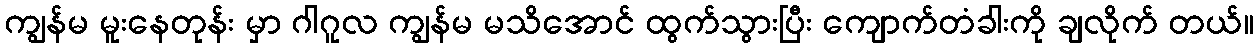
ကျွန်မ မူးနေတုန်း မှာ ဂါဂူလ ကျွန်မ မသိအောင် ထွက်သွားပြီး ကျောက်တံခါးကို ချလိုက် တယ်။